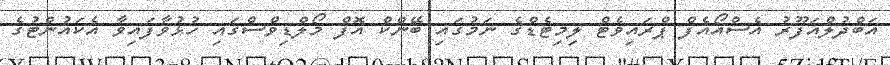
އަބްދުލްޣަފޫރު އެސްއޯއެފް ޕްރައިވެޓް ލިމިޓެޑްގެ ނަމުގައި ބޭންކް އޮފް މޯލްޑިވްސްގައި ހުޅުވާފައިވާ އެކައުންޓުގެ